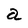
Character: a